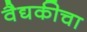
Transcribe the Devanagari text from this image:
वैद्यकीचा